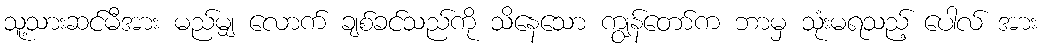
သူ့သားဆင်မီအား မည်မျှ လောက် ချစ်ခင်သည်ကို သိနေသော ကျွန်တော်က ဘာမှ သုံးမရသည့် ပေါလ် အား